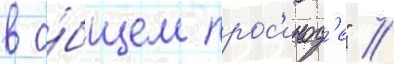
в о́бщем прос'инод'е" //